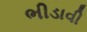
ભીડાવી